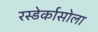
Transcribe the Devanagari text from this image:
रस्डेर्कासोला